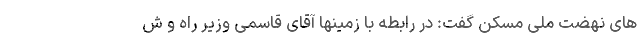
های نهضت ملی مسکن گفت: در رابطه با زمینها آقای قاسمی وزیر راه و ش